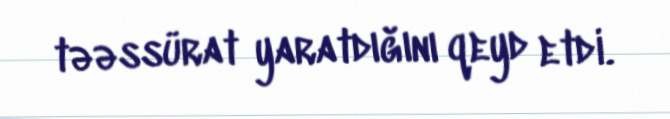
təəssürat yaratdığını qeyd etdi.